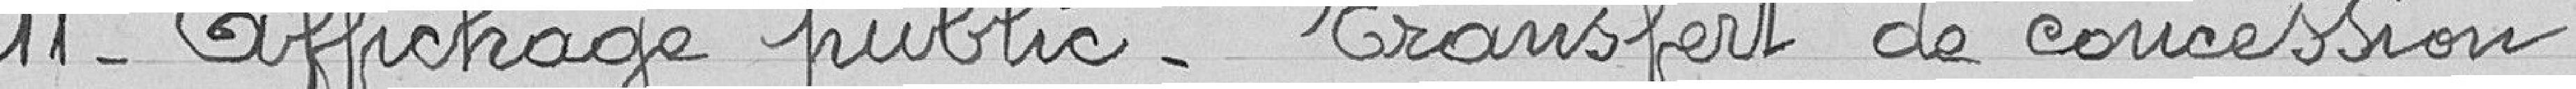
11- Affichage public. Transfert de concession